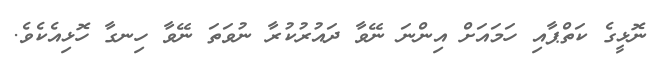
ނޮޅީގެ ކަތްޕާއި ހަމައަށް އިންނަ ނޭވާ ދައުރުކުރާ ނުވަތަ ނޭވާ ހިނގާ ހޮޅިއެކެވެ.